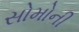
સોમોની